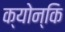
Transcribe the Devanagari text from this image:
क्योन्कि